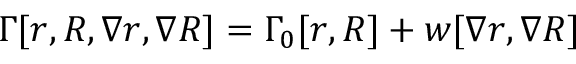
\Gamma [ r , R , \nabla r , \nabla R ] = \Gamma _ { 0 } [ r , R ] + w [ \nabla r , \nabla R ]